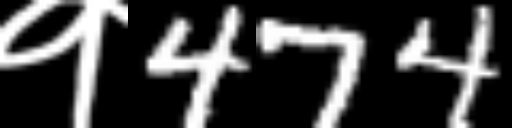
Text: १474